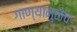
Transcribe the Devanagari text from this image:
गाण्यामुळेच